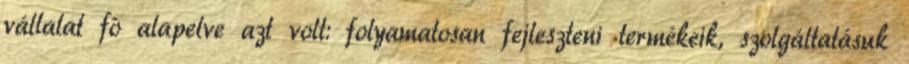
vállalat fô alapelve azt volt: folyamatosan fejleszteni termékeik, szolgáltatásuk